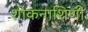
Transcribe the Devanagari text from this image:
शोकनाशिणी